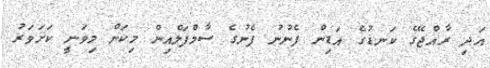
އަދި ރާއްޖޭގެ ކަނޑުގެ އަޑިން ފެނުނު ފެނުގެ ސާމްޕަލްއިން މިކަން މިވަނީ ކަށަވަރު